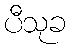
ပီသုခ